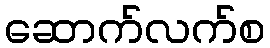
ဆောက်လက်စ